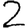
Digit: 2